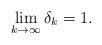
LaTeX: \begin{align*}\lim_{k\to\infty} \delta_k=1.\end{align*}